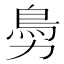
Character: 𩾜